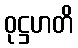
ဝုဋ္ဌဟတိ